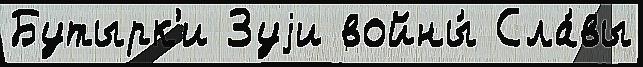
Бутырк'и Зуjи войны́ Сла́вы